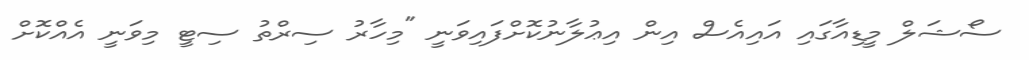
ސޯޝަލް މީޑިއާގައި އައިއެސް އިން އިޢުލާނުކޮށްފައިވަނީ "މިހާރު ސިރްތު ސިޓީ މިވަނީ އެއްކޮށް